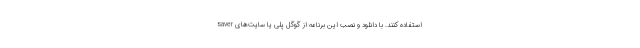
saver استفاده کنند. با دانلود و نصب این برنامه از گوگل پلی یا سایت‌های